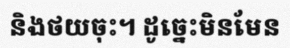
និងថយចុះ។ ដូច្នេះមិនមែន